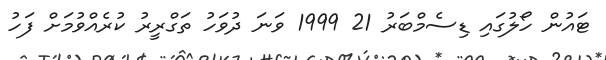
ޓައުން ހޯލުގައި ޑިސެމްބަރު 21 1999 ވަނަ ދުވަހު ތަގްރީރު ކުރެއްވުމަށް ފަހު